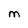
Character: M